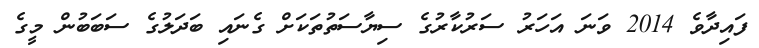
ފައިދާވެ 2014 ވަނަ އަހަރު ސަރުކާރުގެ ސިޔާސަތުތަކަށް ގެނައި ބަދަލުގެ ސަބަބުން މީގެ